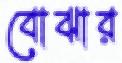
বোঝার